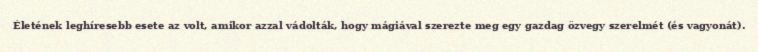
Életének leghíresebb esete az volt, amikor azzal vádolták, hogy mágiával szerezte meg egy gazdag özvegy szerelmét (és vagyonát).